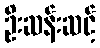
ဦးဆန်းဆင့်